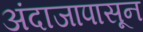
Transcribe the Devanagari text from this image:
अंदाजापासून